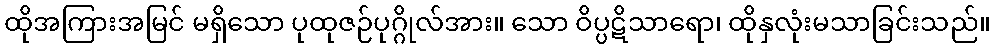
ထိုအကြားအမြင် မရှိသော ပုထုဇဉ်ပုဂ္ဂိုလ်အား။ သော ဝိပ္ပဋိသာရော၊ ထိုနှလုံးမသာခြင်းသည်။